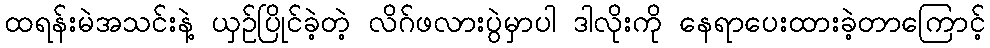
ထရန်းမဲအသင်းနဲ့ ယှဥ်ပြိုင်ခဲ့တဲ့ လိဂ်ဖလားပွဲမှာပါ ဒါလိုးကို နေရာပေးထားခဲ့တာကြောင့်